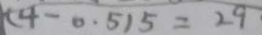
( 4 - 0 . 5 ) 5 = 2 9